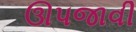
ઊપજાવી